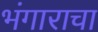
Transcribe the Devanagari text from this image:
भंगाराचा